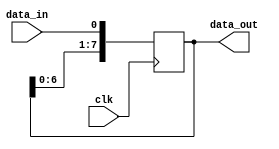
module shift_register(
  input clk,
  input data_in,
  output reg [7:0] data_out
);

reg [7:0] reg_data;

always @(posedge clk) begin
  reg_data <= {reg_data[6:0], data_in};
end

assign data_out = reg_data;

endmodule